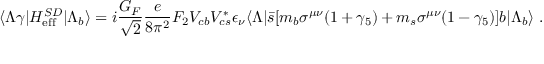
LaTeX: \langle \Lambda \gamma | { \cal H } _ { \mathrm { e f f } } ^ { S D } | \Lambda _ { b } \rangle = i \frac { G _ { F } } { \sqrt 2 } \frac { e } { 8 \pi ^ { 2 } } F _ { 2 } V _ { c b } V _ { c s } ^ { * } \epsilon _ { \nu } \langle \Lambda | \bar { s } [ m _ { b } \sigma ^ { \mu \nu } ( 1 + \gamma _ { 5 } ) + m _ { s } \sigma ^ { \mu \nu } ( 1 - \gamma _ { 5 } ) ] b | \Lambda _ { b } \rangle \; .